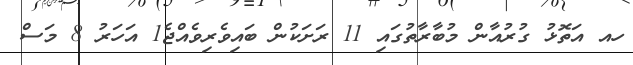
ހއ އަތޮޅު ގުރުއާން މުބާރާތުގައި 11 ރަށަކުން ބައިވެރިވެއްޖެ1 އަހަރު 8 މަސް